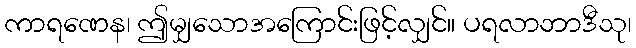
ကာရဏေန၊ ဤမျှသောအကြောင်းဖြင့်လျှင်။ ပရလာဘာဒီသု၊